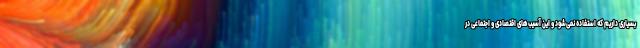
بسیاری داریم که استفاده نمی‌شود و این آسیب‌های اقتصادی و اجتماعی در